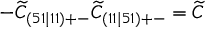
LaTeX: - \widetilde { C } _ { ( 5 1 \mid 1 1 ) + - } \widetilde { C } _ { ( 1 1 \mid 5 1 ) + - } = \widetilde { C }